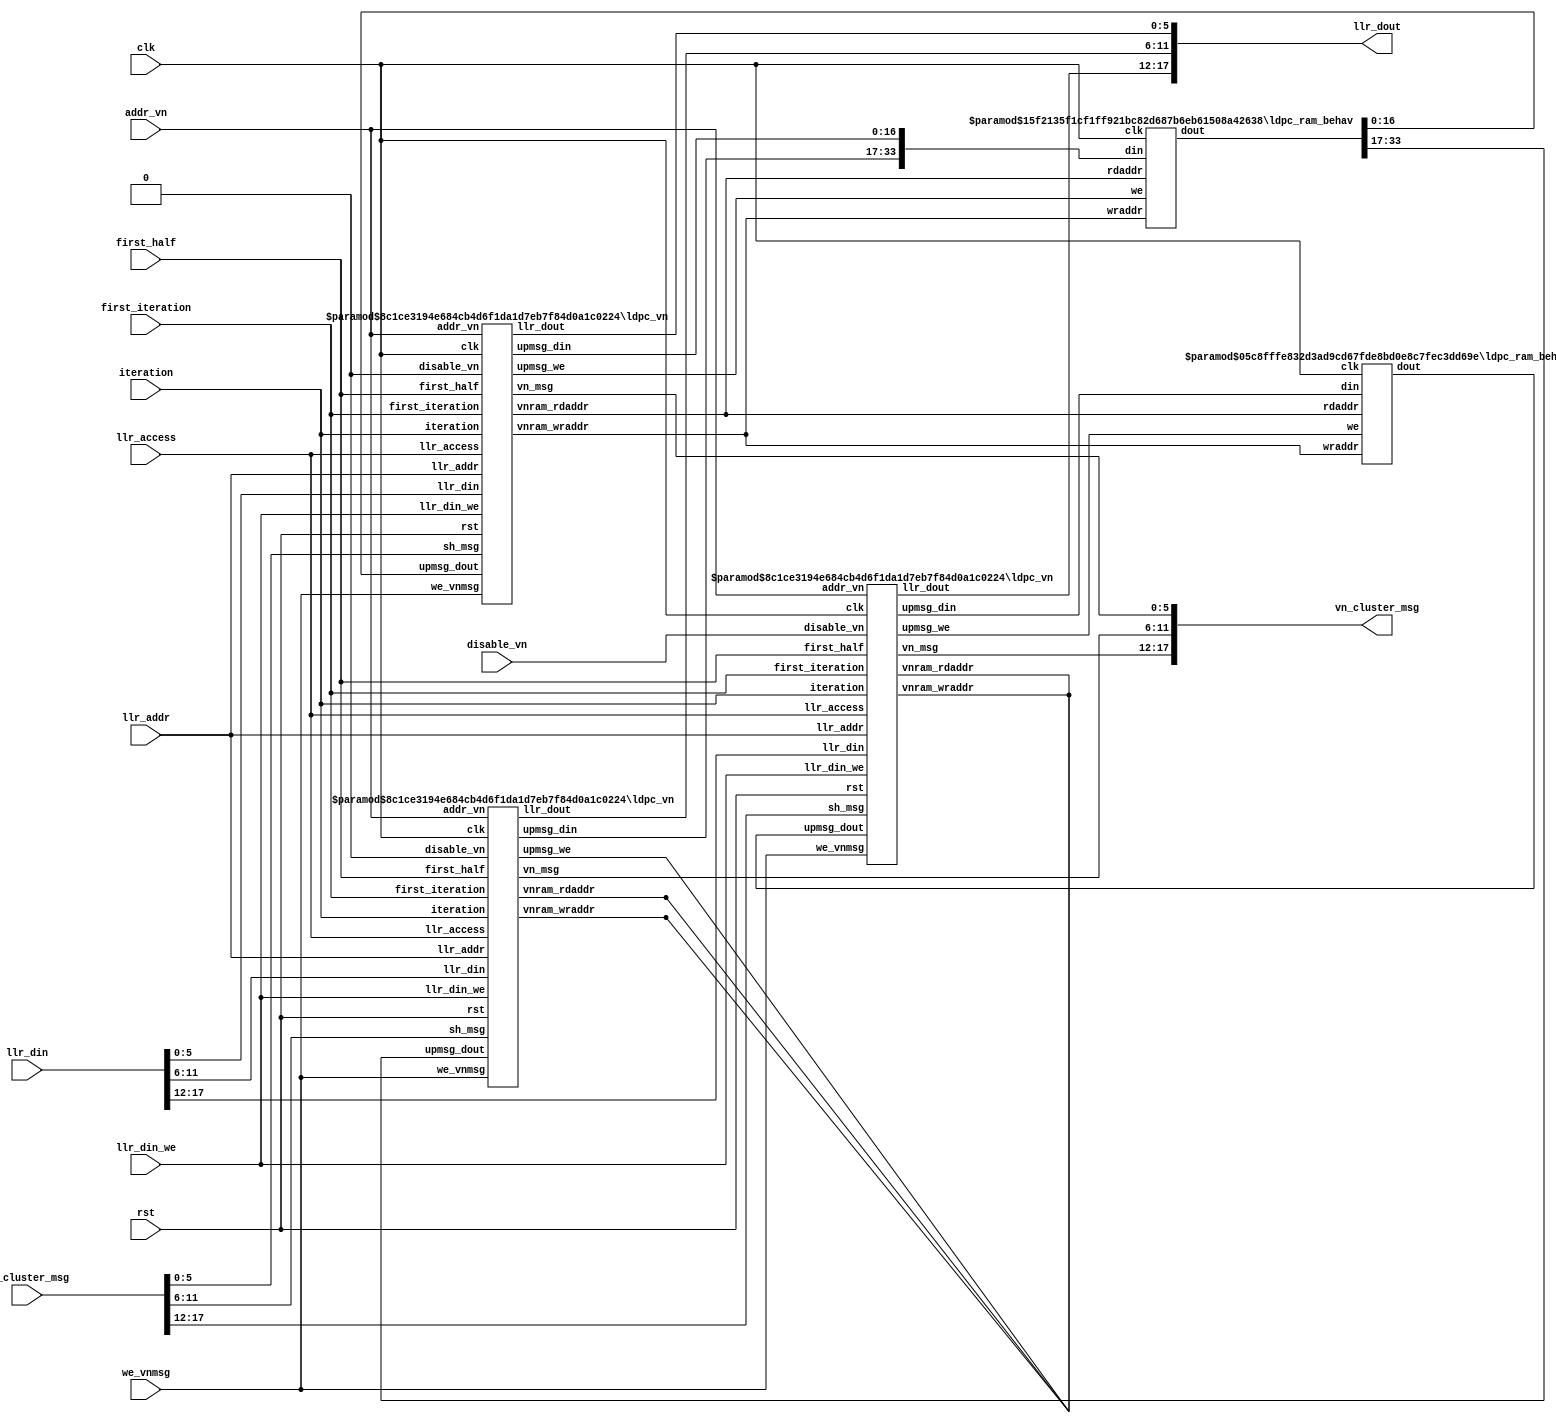

module ldpc_vncluster #(
  parameter NUMVNS         = 3,
  parameter ENABLE_DISABLE = 1,
  parameter FOLDFACTOR     = 1,
  parameter LASTSHIFTWIDTH = 4,
  parameter LLRWIDTH       = 6
)(
  input clk,
  input rst,

  // LLR I/O
  input                       llr_access,
  input[7+FOLDFACTOR-1:0]     llr_addr,
  input                       llr_din_we,
  input[NUMVNS*LLRWIDTH-1:0]  llr_din,
  output[NUMVNS*LLRWIDTH-1:0] llr_dout,

  // message control
  input                   iteration,
  input                   first_half,
  input                   first_iteration,  // ignore upmsgs
  input                   we_vnmsg,
  input                   disable_vn,
  input[7+FOLDFACTOR-1:0] addr_vn,

  // message I/O
  input  wire[NUMVNS*LLRWIDTH-1:0] sh_cluster_msg,
  output wire[NUMVNS*LLRWIDTH-1:0] vn_cluster_msg
);

wire   zero;
assign zero = 0;

////////////////////////
// 2-d/1-d conversion //
////////////////////////
wire[LLRWIDTH-1:0] vn_msg[0:NUMVNS-1];
wire[LLRWIDTH-1:0] sh_msg[0:NUMVNS-1];
wire[LLRWIDTH-1:0] llr_din_2d[0:NUMVNS-1];
wire[LLRWIDTH-1:0] llr_dout_2d[0:NUMVNS-1];

generate
  genvar j;

  for( j=0; j<NUMVNS; j=j+1 )
  begin: convert1d2d
    assign vn_cluster_msg[LLRWIDTH*j+LLRWIDTH-1 -: LLRWIDTH] = vn_msg[j];
    assign sh_msg[j] = sh_cluster_msg[LLRWIDTH*j+LLRWIDTH-1 -: LLRWIDTH];
    
    assign llr_din_2d[j] = llr_din[LLRWIDTH*j+LLRWIDTH-1 -: LLRWIDTH];
    assign llr_dout[LLRWIDTH*j+LLRWIDTH-1 -: LLRWIDTH] = llr_dout_2d[j];
  end
endgenerate

//////////
// VN's //
//////////
wire                   llrram_we;
wire[7+FOLDFACTOR-1:0] vnram_wraddr;
wire[7+FOLDFACTOR-1:0] vnram_rdaddr;
wire[LLRWIDTH-1:0]     llrram_din[0:NUMVNS-1];
wire[LLRWIDTH-1:0]     llrram_dout[0:NUMVNS-1];

wire                 upmsg_we;
wire[2*LLRWIDTH+4:0] upmsg_din[0:NUMVNS-1];
wire[2*LLRWIDTH+4:0] upmsg_dout[0:NUMVNS-1];

wire upmsg_we_last;

generate
  genvar i;

  for( i=0; i<NUMVNS; i=i+1 )
  begin: varnodes
    // first
    if( i==0 )
    begin
      ldpc_vn #( .FOLDFACTOR(FOLDFACTOR),
                 .LLRWIDTH  (LLRWIDTH)
      ) ldpc_vn0i (
        .clk              (clk),
        .rst              (rst),
        .llr_access       (llr_access),
        .llr_addr         (llr_addr),
        .llr_din_we       (llr_din_we),
        .llr_din          (llr_din_2d[i]),
        .llr_dout         (llr_dout_2d[i]),
        .iteration        (iteration),
        .first_half       (first_half),
        .first_iteration  (first_iteration),
        .we_vnmsg         (we_vnmsg),
        .disable_vn(zero),
        .addr_vn          (addr_vn),
        .sh_msg           (sh_msg[i]),
        .vn_msg           (vn_msg[i]),
        .vnram_wraddr     (vnram_wraddr),
        .vnram_rdaddr     (vnram_rdaddr),
        .upmsg_we         (upmsg_we),
        .upmsg_din        (upmsg_din[i]),
        .upmsg_dout       (upmsg_dout[i])
      );
    end

    // last
    if( i==NUMVNS-1 )
    begin
      ldpc_vn #( .FOLDFACTOR(FOLDFACTOR),
                 .LLRWIDTH  (LLRWIDTH)
      ) ldpc_vnlasti (
        .clk              (clk),
        .rst              (rst),
        .llr_access       (llr_access),
        .llr_addr         (llr_addr),
        .llr_din_we       (llr_din_we),
        .llr_din          (llr_din_2d[i]),
        .llr_dout         (llr_dout_2d[i]),
        .iteration        (iteration),
        .first_half       (first_half),
        .first_iteration  (first_iteration),
        .we_vnmsg         (we_vnmsg),
        .disable_vn(disable_vn),
        .addr_vn          (addr_vn),
        .sh_msg           (sh_msg[i]),
        .vn_msg           (vn_msg[i]),
        .vnram_wraddr     (),
        .vnram_rdaddr     (),
        .upmsg_we         (upmsg_we_last),
        .upmsg_din        (upmsg_din[i]),
        .upmsg_dout       (upmsg_dout[i])
      );
    end

    if( (i!=0) && (i!=NUMVNS-1) )
    begin
      ldpc_vn #( .FOLDFACTOR(FOLDFACTOR),
                 .LLRWIDTH  (LLRWIDTH)
      ) ldpc_vni (
        .clk              (clk),
        .rst              (rst),
        .llr_access       (llr_access),
        .llr_addr         (llr_addr),
        .llr_din_we       (llr_din_we),
        .llr_din          (llr_din_2d[i]),
        .llr_dout         (llr_dout_2d[i]),
        .iteration        (iteration),
        .first_half       (first_half),
        .first_iteration  (first_iteration),
        .we_vnmsg         (we_vnmsg),
        .disable_vn(zero),
        .addr_vn          (addr_vn),
        .sh_msg           (sh_msg[i]),
        .vn_msg           (vn_msg[i]),
        .vnram_wraddr     (),
        .vnram_rdaddr     (),
        .upmsg_we         (),
        .upmsg_din        (upmsg_din[i]),
        .upmsg_dout       (upmsg_dout[i])
      );
    end
  end
endgenerate

// Combine RAM I/O's
wire[NUMVNS*(2*LLRWIDTH+5)-1:0] combined_din;
wire[NUMVNS*(2*LLRWIDTH+5)-1:0] combined_dout;

generate
  genvar k;

  for( k=0; k<NUMVNS; k=k+1 )
  begin: combine_all
    assign combined_din[k*(2*LLRWIDTH+5)+2*LLRWIDTH+4 -: 2*LLRWIDTH+5] = upmsg_din[k];
    assign upmsg_dout[k] = combined_dout[k*(2*LLRWIDTH+5)+2*LLRWIDTH+4 -: 2*LLRWIDTH+5];
  end
endgenerate

generate
  if( ENABLE_DISABLE )
  begin: split_rams
    ldpc_ram_behav #(
      .WIDTH    ((NUMVNS-1)*(2*LLRWIDTH+5)),
      .LOG2DEPTH(7+FOLDFACTOR)
    ) ldpc_vn_ram0i (
      .clk(clk),
      .we(upmsg_we),
      .din(combined_din[(NUMVNS-1)*(2*LLRWIDTH+5)-1 : 0]),
      .wraddr(vnram_wraddr),
      .rdaddr(vnram_rdaddr),
      .dout(combined_dout[(NUMVNS-1)*(2*LLRWIDTH+5)-1 : 0])
    );

    ldpc_ram_behav #(
      .WIDTH    (2*LLRWIDTH+5),
      .LOG2DEPTH(7+FOLDFACTOR)
    ) ldpc_vn_ramlasti (
      .clk(clk),
      .we(upmsg_we_last),
      .din(combined_din[NUMVNS*(2*LLRWIDTH+5)-1 -: 2*LLRWIDTH+5]),
      .wraddr(vnram_wraddr),
      .rdaddr(vnram_rdaddr),
      .dout(combined_dout[NUMVNS*(2*LLRWIDTH+5)-1 -: 2*LLRWIDTH+5])
    );
  end
  else
  begin: united_ram
    ldpc_ram_behav #(
      .WIDTH    (NUMVNS*(2*LLRWIDTH+5)),
      .LOG2DEPTH(7+FOLDFACTOR)
    ) ldpc_vn_rami (
      .clk   (clk),
      .we    (upmsg_we),
      .din   (combined_din),
      .wraddr(vnram_wraddr),
      .rdaddr(vnram_rdaddr),
      .dout  (combined_dout)
    );
  end
endgenerate

endmodule
module ldpc_vn #(
  parameter FOLDFACTOR     = 1,
  parameter LLRWIDTH       = 6
)(
  input clk,
  input rst,

  // LLR I/O
  input                   llr_access,
  input[7+FOLDFACTOR-1:0] llr_addr,
  input                   llr_din_we,
  input[LLRWIDTH-1:0]     llr_din,
  output[LLRWIDTH-1:0]    llr_dout,

  // message control
  input                   iteration,
  input                   first_half,
  input                   first_iteration,  // ignore upmsgs
  input                   we_vnmsg,
  input                   disable_vn,
  input[7+FOLDFACTOR-1:0] addr_vn,

  // message I/O
  input[LLRWIDTH-1:0]  sh_msg,
  output[LLRWIDTH-1:0] vn_msg,

  // Attached RAM, holds iteration number, original LLR and message sum
  output[7+FOLDFACTOR-1:0] vnram_wraddr,
  output[7+FOLDFACTOR-1:0] vnram_rdaddr,
  output                   upmsg_we,
  output[2*LLRWIDTH+4:0]   upmsg_din,
  input[2*LLRWIDTH+4:0]    upmsg_dout
);

// Split RAM outputs
wire[LLRWIDTH-1:0] llr_orig;
wire[LLRWIDTH+3:0] stored_msg_sum;
wire               stored_iteration;

assign llr_orig         = upmsg_dout[LLRWIDTH-1:0];
assign stored_msg_sum   = upmsg_dout[2*LLRWIDTH+3:LLRWIDTH];
assign stored_iteration = upmsg_dout[2*LLRWIDTH+4];

/************************************************************
 * Add 1's complement numbers, assume overflow not possible *
 ************************************************************/
function[LLRWIDTH+3:0] AddNewMsg( input[LLRWIDTH+3:0] a,
                                  input[LLRWIDTH-1:0] b );
  reg               signa;
  reg               signb;
  reg[LLRWIDTH+2:0] maga;
  reg[LLRWIDTH+2:0] magb;
  
  reg[LLRWIDTH+2:0] sum;
  reg[LLRWIDTH+2:0] diffa;
  reg[LLRWIDTH+2:0] diffb;
  
  reg               add;
  reg               b_big;
  reg               sign;
  reg[LLRWIDTH+3:0] result;
  
begin
  // strip out magnitude and sign bits
  signa = a[LLRWIDTH+3];
  signb = b[LLRWIDTH-1];
  maga  = a[LLRWIDTH+2:0];
  magb  = { 4'b0000, b[LLRWIDTH-2:0] };

  // basic calculations
  sum   = maga + magb;
  diffa = maga - magb;
  diffb = magb - maga;
  
  // control bits
  add   = signa==signb;
  b_big = maga<magb;
  sign  = b_big ? signb : signa;

  if( add )
    result = { sign, sum };
  else if( b_big )
    result = { sign, diffb };
  else
    result = { sign, diffa };

  AddNewMsg = result;
end
endfunction

/*************************************************
 * Saturate message to fewer bits before passing *
 *************************************************/
function[LLRWIDTH-1:0] SaturateMsg( input[LLRWIDTH+3:0] a );
begin
  if( a[LLRWIDTH+2:LLRWIDTH-1] != 4'b0000 )
    SaturateMsg[LLRWIDTH-2:0] = { (LLRWIDTH-1){1'b1} };
  else
    SaturateMsg[LLRWIDTH-2:0] = a[LLRWIDTH-2:0];
  
  SaturateMsg[LLRWIDTH-1] = a[LLRWIDTH+3];
end
endfunction

/********************************************
 * Delays to align controls with RAM output *
 ********************************************/
localparam RAM_LATENCY = 2;

integer loopvar1;

reg[7+FOLDFACTOR-1:0] vnram_rdaddr_int;

reg[LLRWIDTH-1:0]     sh_msg_del[0:RAM_LATENCY-1];
reg                   we_vnmsg_del[0:RAM_LATENCY-1];
reg[7+FOLDFACTOR-1:0] vnram_rdaddr_del[0:RAM_LATENCY-1];
reg                   disable_del[0:RAM_LATENCY-1];    

wire[LLRWIDTH-1:0]     sh_msg_aligned_ram;
wire                   we_vnmsg_aligned_ram;
wire[7+FOLDFACTOR-1:0] vnram_rdaddr_aligned_ram;
wire                   disable_aligned_ram;

reg recycle_result;

// mux in alternative address for final read-out
assign vnram_rdaddr = vnram_rdaddr_int;
always @( * ) vnram_rdaddr_int <= #1 llr_access ? llr_addr : addr_vn;

assign sh_msg_aligned_ram       = sh_msg_del[RAM_LATENCY-1];
assign we_vnmsg_aligned_ram     = we_vnmsg_del[RAM_LATENCY-1];
assign vnram_rdaddr_aligned_ram = vnram_rdaddr_del[RAM_LATENCY-1];
assign disable_aligned_ram      = disable_del[RAM_LATENCY-1];    

always @( posedge rst, posedge clk )
  if( rst )
  begin
    for( loopvar1=0; loopvar1<RAM_LATENCY; loopvar1=loopvar1+1 )
    begin
      sh_msg_del[loopvar1]       <= 0;
      we_vnmsg_del[loopvar1]     <= 0;
      vnram_rdaddr_del[loopvar1] <= 0;
      disable_del[loopvar1]      <= 0;
    end
    recycle_result <= 0;
  end
  else
  begin
    sh_msg_del[0]        <= sh_msg;
    we_vnmsg_del[0]      <= we_vnmsg;
    vnram_rdaddr_del[0]  <= vnram_rdaddr_int; 
    disable_del[0]       <= disable_vn;

    for( loopvar1=1; loopvar1<RAM_LATENCY; loopvar1=loopvar1+1 )
    begin
      sh_msg_del[loopvar1]       <= sh_msg_del[loopvar1 -1];
      we_vnmsg_del[loopvar1]     <= we_vnmsg_del[loopvar1 -1];
      vnram_rdaddr_del[loopvar1] <= vnram_rdaddr_del[loopvar1 -1];
      disable_del[loopvar1]      <= disable_del[loopvar1 -1];
    end
    
    // Use previous result rather than the RAM contents for two adjacent
    // writes to the same address
    recycle_result <= (vnram_rdaddr_aligned_ram==vnram_rdaddr_del[RAM_LATENCY-2]) &
                      we_vnmsg_aligned_ram & we_vnmsg_del[RAM_LATENCY-2];
  end

/************************
 * Message calculations *
 ************************/
// Add initial LLR to message offset (except for first iteration)
reg[LLRWIDTH+3:0]  msg0_norst;
wire[LLRWIDTH+3:0] msg0;
reg[LLRWIDTH-1:0]  msg1;

wire start_new_upmsg;
reg  rst_msg0;

wire[LLRWIDTH+3:0] msg_sum;

reg[LLRWIDTH+3:0] msg_sum_reg;

// Add upmsg to the result, except:
// - during first iteration, since no upmsg exists
// - first message of each new iteration, where upmsg needs to be reset
assign start_new_upmsg = (stored_iteration!=iteration) & we_vnmsg_aligned_ram;

assign msg0 = rst_msg0 ? 0 : msg0_norst;

always @( posedge clk, posedge rst )
  if( rst )
  begin
    msg0_norst  <= 0;
    rst_msg0    <= 0;
    msg1        <= 0;
    msg_sum_reg <= 0;
  end
  else
  begin
    // msg0 = sum of received upstream messages
    // clear msg0 when beginning a new set of upstream messages
    msg0_norst <= recycle_result ? msg_sum : stored_msg_sum;
    rst_msg0   <= start_new_upmsg & ~recycle_result;
    
    msg1 <= (llr_access || first_half) ? llr_orig : sh_msg_aligned_ram;
    
    msg_sum_reg <= msg_sum;
  end

// When creating downstream messages, or preparing final result:
//      msg_sum = llr + sum of messages
// When receiving upstream messages:
//      msg_sum = new message + sum of messages
assign msg_sum = AddNewMsg( msg0, msg1 );

/****************************************
 * Delay controls to align with msg_sum *
 ****************************************/
localparam CALC_LATENCY = 2;

integer loopvar2;

reg                   we_vnmsg_del2[0:RAM_LATENCY-1];
reg[7+FOLDFACTOR-1:0] vnram_rdaddr_del2[0:RAM_LATENCY-1];
reg[LLRWIDTH-1:0]     llrram_dout_del2[0:RAM_LATENCY-1];
reg                   disable_del2[0:RAM_LATENCY-1];    

wire                   we_vnmsg_aligned_msg;
wire[7+FOLDFACTOR-1:0] vnram_rdaddr_aligned_msg;
wire[LLRWIDTH-1:0]     llrram_dout_aligned_msg;
wire                   disable_aligned_msg;

assign we_vnmsg_aligned_msg     = we_vnmsg_del2[RAM_LATENCY-1];
assign vnram_rdaddr_aligned_msg = vnram_rdaddr_del2[RAM_LATENCY-1];
assign llrram_dout_aligned_msg  = llrram_dout_del2[RAM_LATENCY-1];
assign disable_aligned_msg      = disable_del2[RAM_LATENCY-1];    

always @( posedge rst, posedge clk )
  if( rst )
  begin
    for( loopvar2=0; loopvar2<RAM_LATENCY; loopvar2=loopvar2+1 )
    begin
      we_vnmsg_del2[loopvar2]     <= 0;
      vnram_rdaddr_del2[loopvar2] <= 0;
      llrram_dout_del2[loopvar2]  <= 0;
      disable_del2[loopvar2]      <= 0;
    end
  end
  else
  begin
    we_vnmsg_del2[0]      <= we_vnmsg_aligned_ram;
    vnram_rdaddr_del2[0]  <= vnram_rdaddr_aligned_ram; 
    llrram_dout_del2[0]   <= llr_orig;
    disable_del2[0]       <= disable_aligned_ram;

    for( loopvar2=1; loopvar2<RAM_LATENCY; loopvar2=loopvar2+1 )
    begin
      we_vnmsg_del2[loopvar2]     <= we_vnmsg_del2[loopvar2 -1];
      vnram_rdaddr_del2[loopvar2] <= vnram_rdaddr_del2[loopvar2 -1];
      llrram_dout_del2[loopvar2]  <= llrram_dout_del2[loopvar2 -1];
      disable_del2[loopvar2]      <= disable_del2[loopvar2 -1];
    end
  end

/*******************************
 * Write message totals to RAM *
 *******************************/
reg[7+FOLDFACTOR-1:0] vnram_wraddr_int;
reg[LLRWIDTH-1:0]     new_llr;
reg                   new_iteration;
reg[LLRWIDTH+3:0]     new_msg_sum;
reg                   upmsg_we_int;

assign vnram_wraddr = vnram_wraddr_int;
assign upmsg_din    = { new_iteration, new_msg_sum, new_llr };
assign upmsg_we     = upmsg_we_int;

always @( posedge rst, posedge clk )
  if( rst )
  begin
    vnram_wraddr_int <= 0;
    new_llr          <= 0;
    new_msg_sum      <= 0;
    new_iteration    <= 0;
    upmsg_we_int     <= 1;
  end
  else
  begin
    // mux and register outputs
    vnram_wraddr_int <= #1 llr_access ? llr_addr : vnram_rdaddr_aligned_msg;
    new_llr          <= #1 llr_access ? llr_din  : llrram_dout_aligned_msg;
    new_msg_sum      <= #1 llr_access ? 0        : msg_sum_reg;
    
    new_iteration    <= #1 llr_access | iteration;
    
    upmsg_we_int     <= #1 ~(llr_din_we | (we_vnmsg_aligned_msg & ~disable_aligned_msg));
  end

/*****************************************************************
 * Saturate message to fewer bits for message passing and output *
 *****************************************************************/
reg[LLRWIDTH-1:0] vn_msg_int;

assign llr_dout = vn_msg_int;
assign vn_msg   = vn_msg_int;

always @( posedge rst, posedge clk )
  if( rst )
    vn_msg_int <= 0;
  else
    vn_msg_int <= SaturateMsg(msg_sum_reg);

endmodule

module ldpc_ram_behav #(
  parameter WIDTH     = 4,
  parameter LOG2DEPTH = 4
)(
  input                clk,
  input                we,
  input[WIDTH-1:0]     din,
  input[LOG2DEPTH-1:0] wraddr,
  input[LOG2DEPTH-1:0] rdaddr,
  output[WIDTH-1:0]    dout
);

reg[WIDTH-1:0]     storage[0:2**LOG2DEPTH -1];
reg[LOG2DEPTH-1:0] addr_del;
reg[WIDTH-1:0]     dout_int;

assign dout = dout_int;

always @( posedge clk )
begin
  if( !we )
    storage[wraddr] <= din;
  
  addr_del <= rdaddr;
  
  dout_int <= storage[addr_del];
end

endmodule